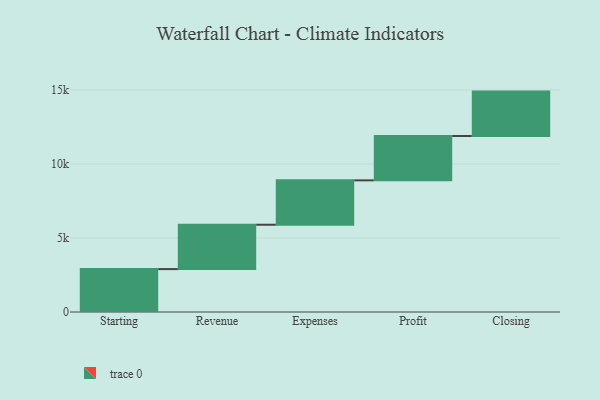
{"axis": {"x": "Step", "y": "Value"}, "legend": [""], "data": [{"x": "Starting", "y": 2900.0, "type": ""}, {"x": "Revenue", "y": 3000, "type": ""}, {"x": "Expenses", "y": 3000, "type": ""}, {"x": "Profit", "y": 3000, "type": ""}, {"x": "Closing", "y": 3000, "type": ""}]}